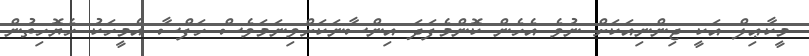
މީކާޢިލް އަކީ ޖިންނިއަކަށް ނުވެ އެހެން ކޮންމެފަދަ އިންސާނަކަށްވިނަމަވެސް ހަފްސާ އެމީހަކު ހެޔޮހިތުން